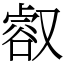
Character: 㕡